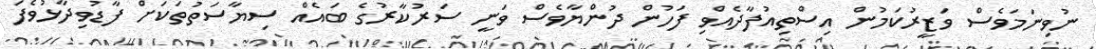
ނުވިނަމަވެސް ވަޒީރުކަމުން އިސްތިއުފާދެއްވި ފަހުން ދުންޔާވެސް ވަނީ ސަރުކާރުގެ ބައެއް ސިޔާސަތުތަކަށް ފާޑުވިދާޅުވެފަ